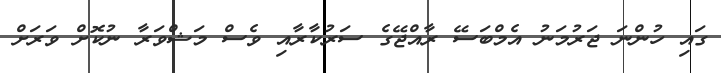
ގައި ހުންނަ ޖަރުމަނު އެމްބަސޭ ރާއްޖޭގެ ސަރުކާރާއި ވެސް މަޝްވަރާ ނުކޮށް ވަރަށް